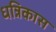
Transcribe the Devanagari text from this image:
धन्निकास